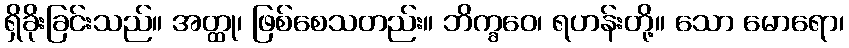
ရှိခိုးခြင်းသည်။ အတ္ထု၊ ဖြစ်စေသတည်း။ ဘိက္ခဝေ၊ ရဟန်းတို့။ သော မောရော၊